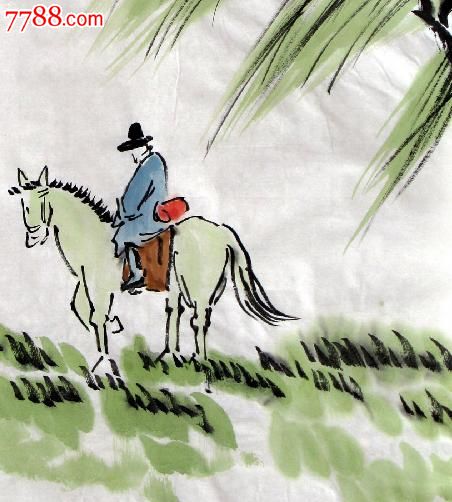
江春不肯留归客，草色青青送马蹄。